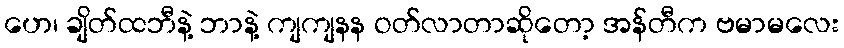
ဟေ၊ ချိတ်ထဘီနဲ့ ဘာနဲ့ ကျကျနန ဝတ်လာတာဆိုတော့ အန်တီက ဗမာမလေး